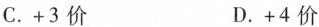
C.+3价 D.+4价